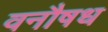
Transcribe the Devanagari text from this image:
वनौषध